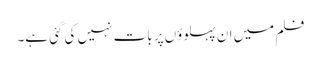
فلم میں ان پہلوؤں پر بات نہیں کی گئی ہے۔